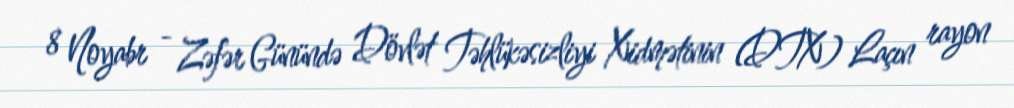
8 Noyabr - Zəfər Günündə Dövlət Təhlükəsizliyi Xidmətinin (DTX) Laçın rayon